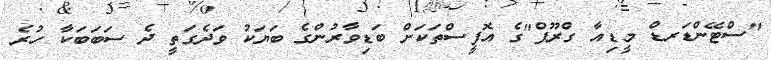
"ސްޓޭންޑަރޑް މީޑިއާ ގްރޫޕް"ގެ އޮފީސްތަކަށް ބަޑިވާރުންގެ ބަޔަކު ވަދެގަތީ ދެ ސަބަބަކާ ހުރެ